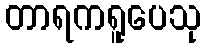
တာရကရူပေသု